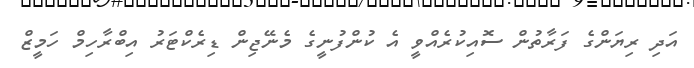
އަދި ރިޔަންގެ ފަރާތުން ސޮއިކުރެއްވީ އެ ކުންފުނީގެ މެނޭޖިން ޑިރެކްޓަރު އިބްރާހިމް ހަމީޒް